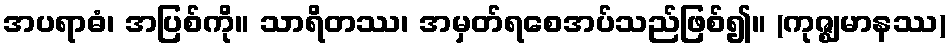
အပရာဓံ၊ အပြစ်ကို။ သာရိတဿ၊ အမှတ်ရစေအပ်သည်ဖြစ်၍။ (ကုဇ္ဈမာနဿ)